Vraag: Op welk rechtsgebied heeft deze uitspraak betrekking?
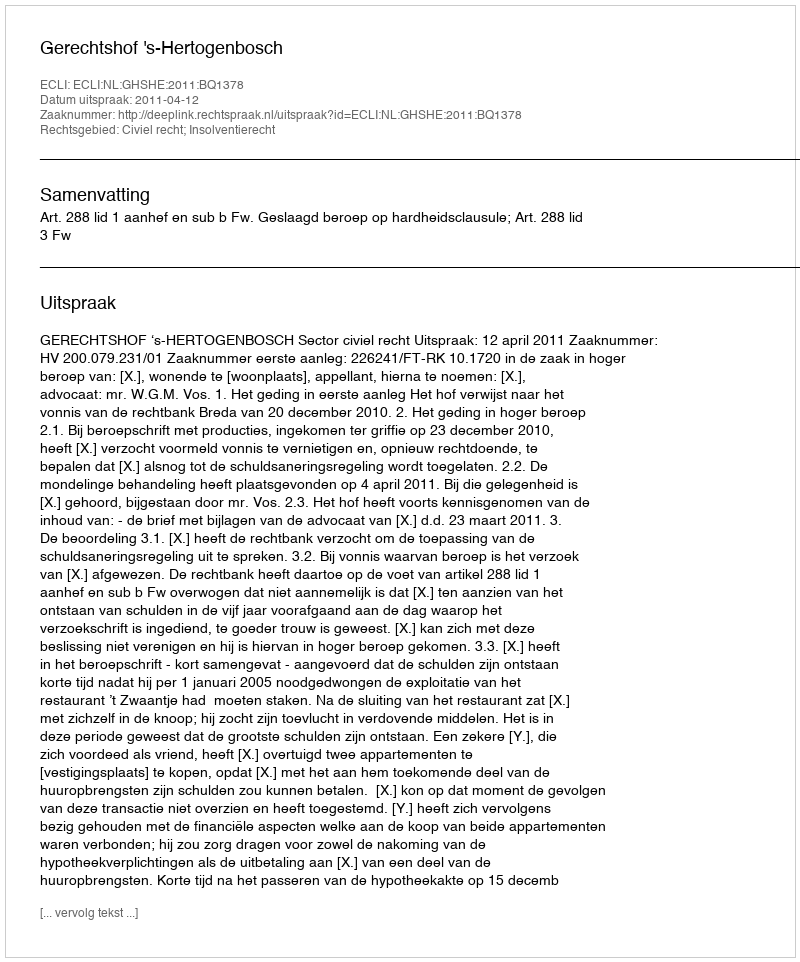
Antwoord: Civiel recht; Insolventierecht